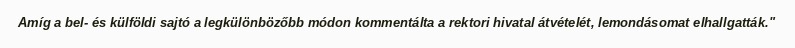
Amíg a bel- és külföldi sajtó a legkülönbözőbb módon kommentálta a rektori hivatal átvételét, lemondásomat elhallgatták."